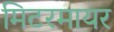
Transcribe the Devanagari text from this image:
मिटरमायर